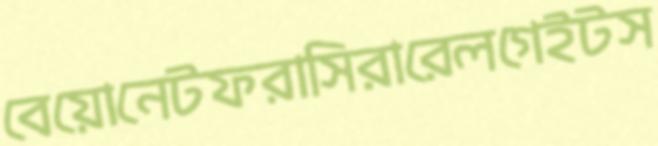
বেয়োনেটফরাসিরারেলগেইটস